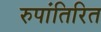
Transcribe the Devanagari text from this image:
रुपांतिरित